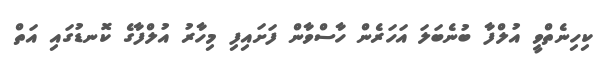
ކިހިނެތްވީ އުލްފާ ބުނެބަލަ އަހަރެން ހާސްވާން ފަށައިފި މިހާރު އުލްފާގެ ކޮނޑުގައި އަތް